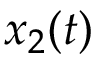
x _ { 2 } ( t )